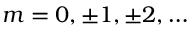
m = 0 , \pm 1 , \pm 2 , \ldots